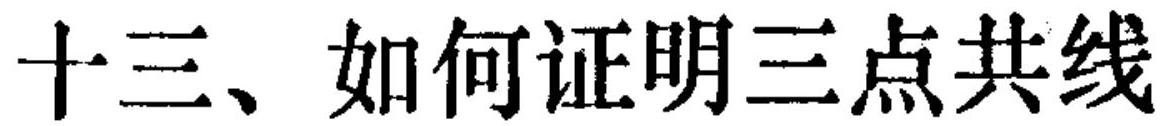
十三、如何证明三点共线